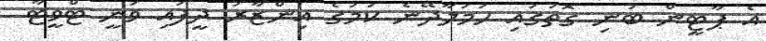
އެ ޕާޓީން ބުނި ގޮތުގައި ހަމަލާދޭނެ ކަމުގެ އިންޒާރު ދީފައި ވަނީ ޓްވީޓާ